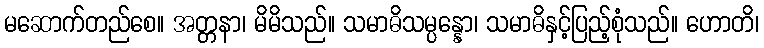
မဆောက်တည်စေ။ အတ္တနာ၊ မိမိသည်။ သမာဓိသမ္ပန္နော၊ သမာဓိနှင့်ပြည့်စုံသည်။ ဟောတိ၊